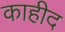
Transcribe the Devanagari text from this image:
काहीद